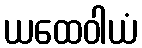
ယထေဝါယံ